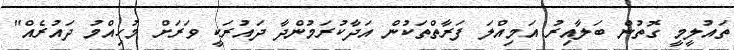
ތައުލީމީ ގޮތުން ބަލާއިރު އަމިއްލަ ފަރާތްތަކުން އަދާކުރަމުންދާ ދައުރަކީ ވަރަށް މުހިއްމު ދައުރެއް"